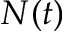
N ( t )